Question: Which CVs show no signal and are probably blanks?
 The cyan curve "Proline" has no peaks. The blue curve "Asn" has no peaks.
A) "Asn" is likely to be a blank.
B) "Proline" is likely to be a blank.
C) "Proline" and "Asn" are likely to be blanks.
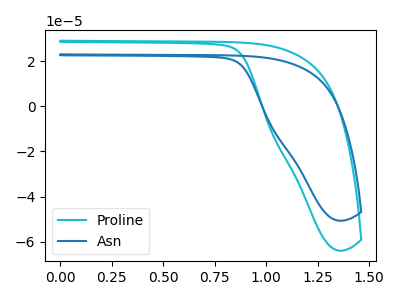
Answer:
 <answer>C) "Proline" and "Asn" are likely to be blanks.</answer>
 <eval>C</eval>